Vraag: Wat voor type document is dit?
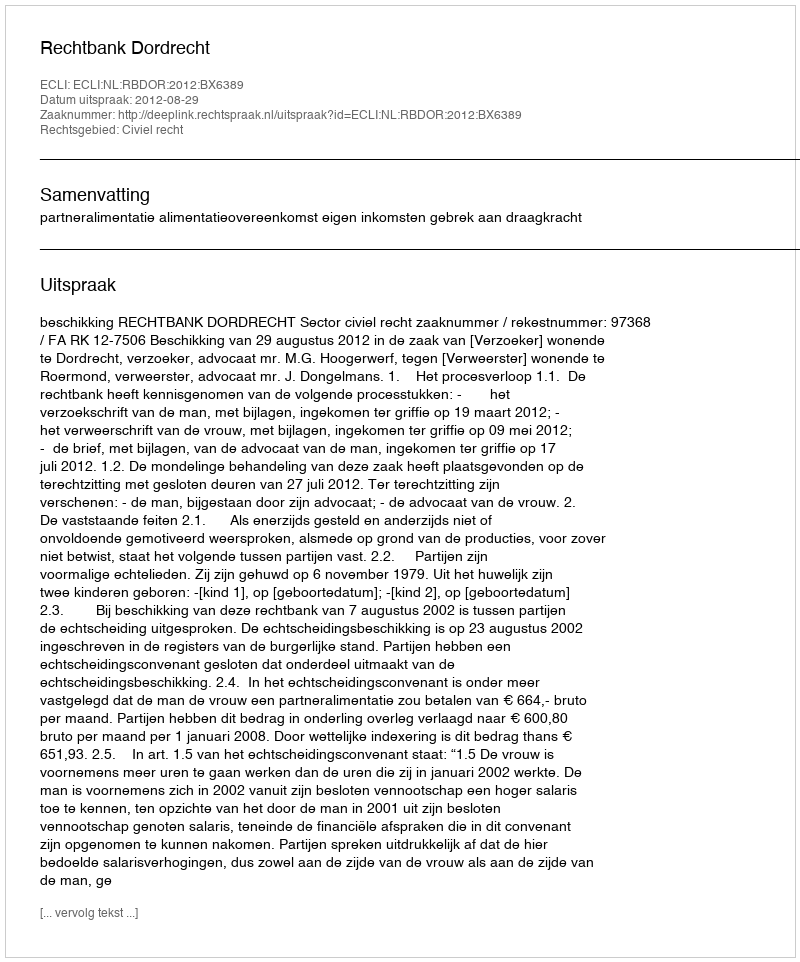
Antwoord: Uitspraak